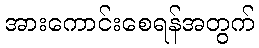
အားကောင်းစေရန်အတွက်